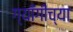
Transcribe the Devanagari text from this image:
ग्याँगीच्या